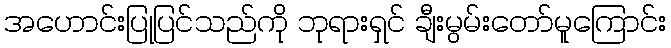
အဟောင်းပြုပြင်သည်ကို ဘုရားရှင် ချီးမွမ်းတော်မူကြောင်း